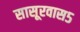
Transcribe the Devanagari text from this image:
सासूरवास५